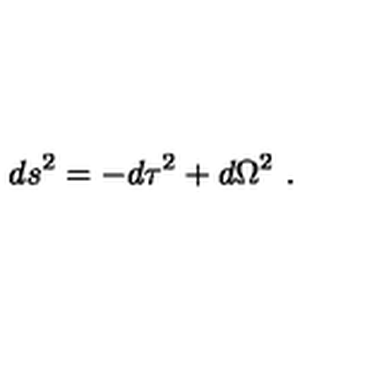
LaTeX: d s ^ { 2 } = - d \tau ^ { 2 } + d \Omega ^ { 2 } \ .